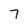
Character: 7